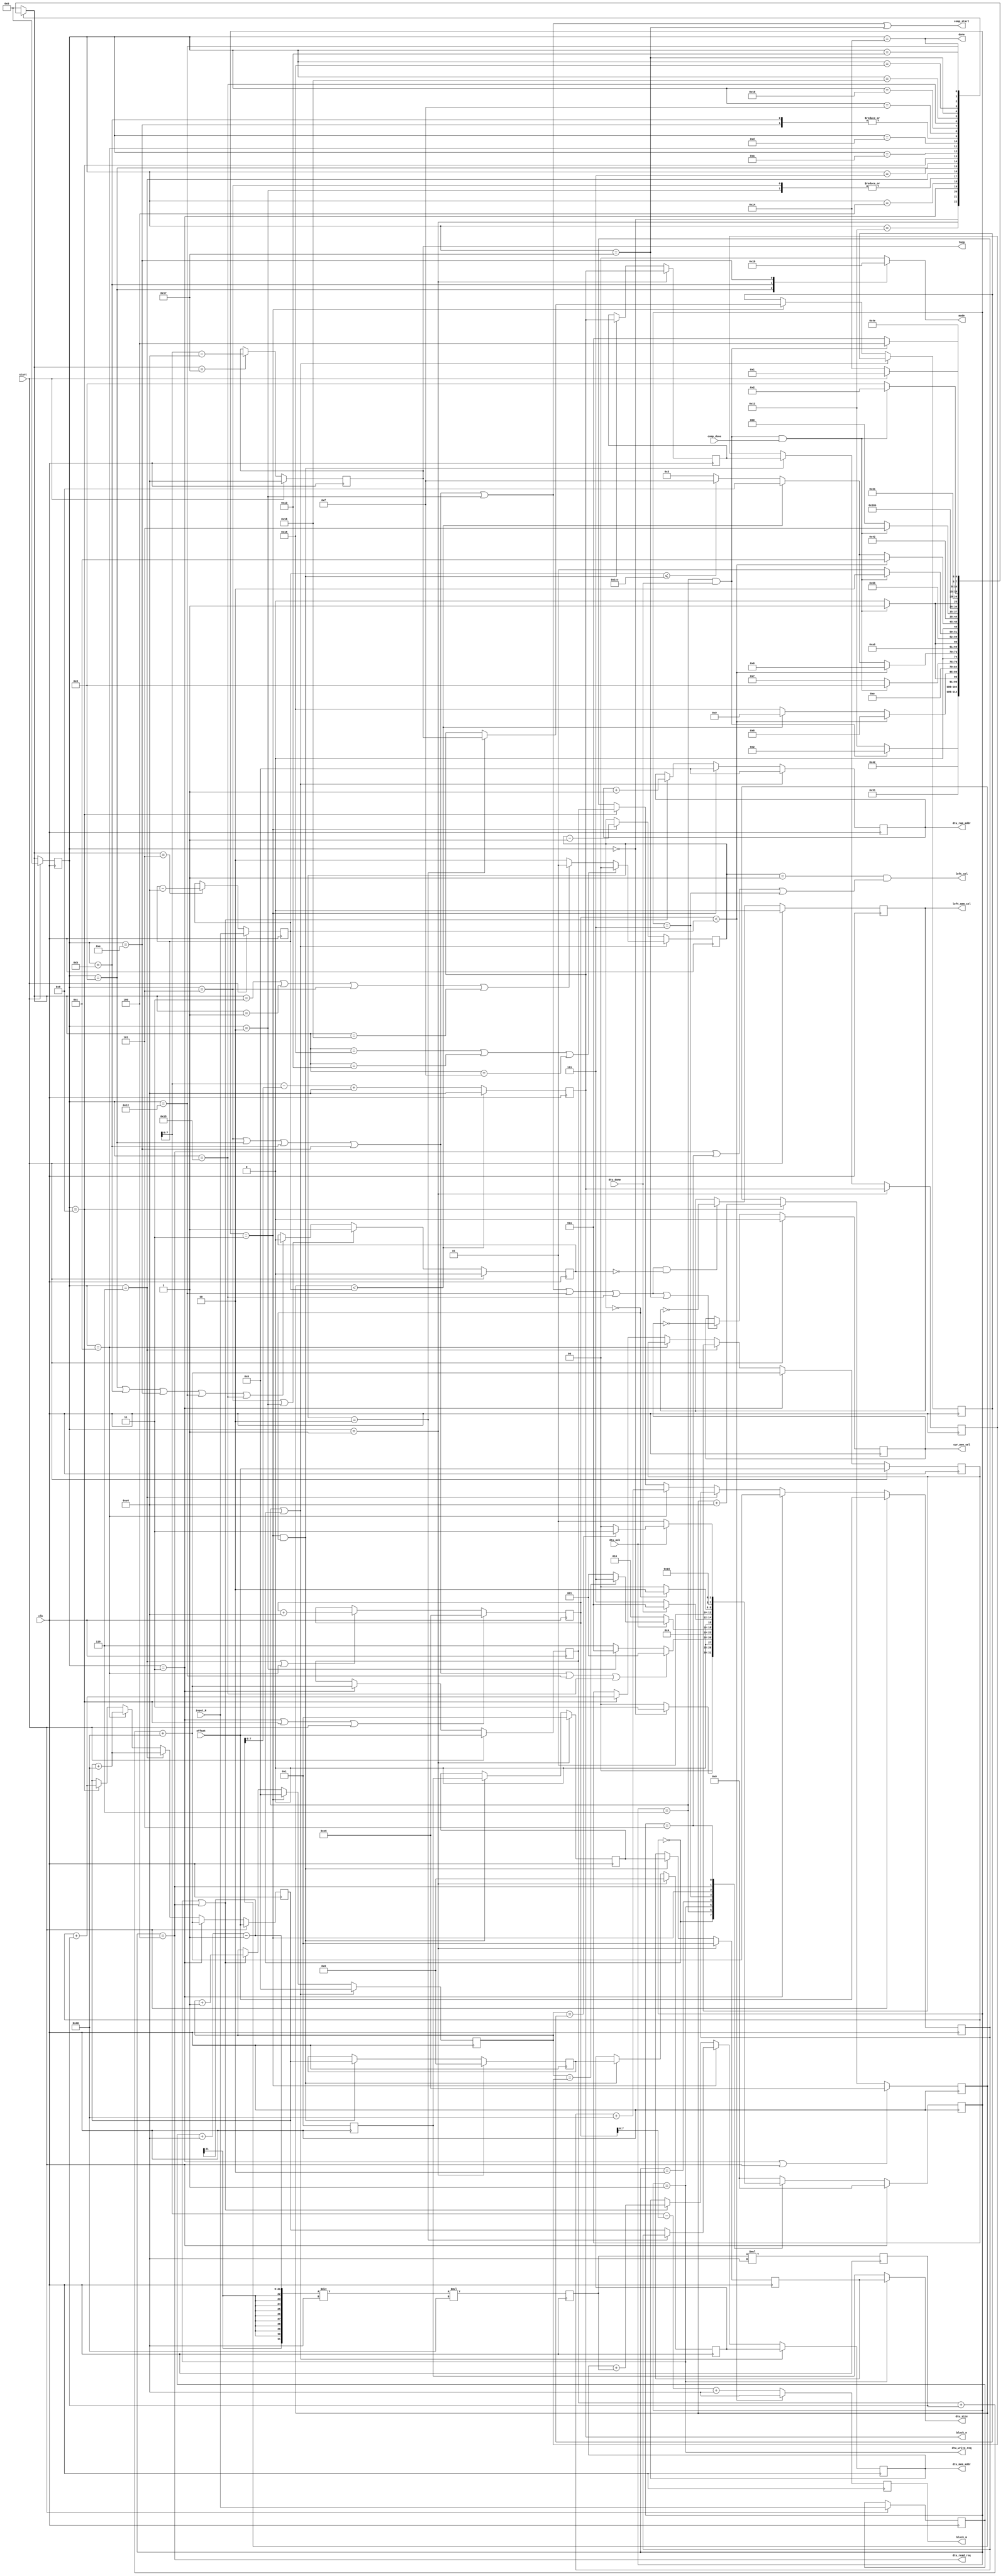
module MarshallerController (clk, start, done, input_N, offset,
	comp_start, block_m, block_n, loop, mode, comp_done, cur_mem_sel, left_mem_sel,
	dtu_write_req, dtu_read_req, dtu_mem_addr, dtu_ram_addr, dtu_size, dtu_ack, dtu_done, left_sel);

parameter BLOCKM = 230, BLOCKN = 230;
parameter BLOCKMDIVK = 1;
parameter MEMBLOCKM = 64, MEMBLOCKN = 64;
parameter NWIDTH = 20, BLOCKWIDTH = 8;
parameter DDRSIZEWIDTH = 24, RAMSIZEWIDTH = 8;

input clk;
input start;
output done;
input [NWIDTH-1:0] input_N;
input [DDRSIZEWIDTH-1:0] offset;

// for computation section
output comp_start;
output [BLOCKWIDTH-1:0] block_m, block_n, loop;
output [1:0] mode;
input comp_done;
output cur_mem_sel, left_mem_sel;

// for data marshaller section
output dtu_write_req,	dtu_read_req;
output [DDRSIZEWIDTH-1:0] dtu_mem_addr;
output [RAMSIZEWIDTH-1:0] dtu_ram_addr;
output [BLOCKWIDTH-1:0] dtu_size;
input dtu_ack, dtu_done;
output left_sel;

parameter START = 0,  SETUP = 1, FIRST = 2, MODE0_SETUP = 3, MODE0_WAIT = 4, MODE0 = 5,  MODE1_SETUP = 6, MODE1_WAIT = 7, MODE1 = 8, 
	MODE2_SETUP = 9, MODE2_WAIT = 10, MODE2 = 11, MODE3_SETUP = 12, MODE3_WAIT = 13, MODE3 = 14, STALL = 15, STALL_WAIT = 16, WAIT = 17,
	FINAL_WRITE = 18, FINAL_WAIT = 19, IDLE = 20, LAST_SETUP = 21, LAST_SETUP_WAIT = 22, LAST = 23, LAST_WAIT = 24;
parameter MEM_IDLE = 0, MEM_WRITE = 1, MEM_WRITE_WAIT = 2, MEM_CHECK_DONE = 3, MEM_READ = 4, MEM_READ_WAIT = 5, MEM_DONE = 6, MEM_WAIT_DONE = 7;

reg [4:0] cur_state, next_state;
reg [NWIDTH-1:0] comp_N, N, mcount, ncount, Ndivk, mem_N;
reg [1:0] mode;
reg [BLOCKWIDTH-1:0] block_m, block_n, loop, read_n;
reg [BLOCKWIDTH-1:0] write_n, write_n_buf;
reg left_mem_sel, cur_mem_sel, no_left_switch;

reg [3:0] cur_mem_state, next_mem_state;
reg [RAMSIZEWIDTH-1:0] ram_addr;
reg [DDRSIZEWIDTH-1:0] mem_addr;
reg [DDRSIZEWIDTH-1:0] mem_base, mem_top, mem_write, mem_left, mem_cur;
reg [DDRSIZEWIDTH-1:0] mem_write_buf;
reg [BLOCKWIDTH-1:0] mem_count;
reg [1:0] mem_read;
reg [BLOCKWIDTH-1:0] mem_write_size, mem_write_size_buf, mem_read_size;
wire mem_done;

assign done = (cur_state == IDLE);
assign dtu_ram_addr = ram_addr;
assign dtu_mem_addr = mem_addr;
assign dtu_size = (cur_mem_state == MEM_WRITE) ? mem_write_size : mem_read_size;
assign comp_start = (cur_state == MODE0)||(cur_state == MODE1)||(cur_state == MODE2)||(cur_state == MODE3)||(cur_state == FIRST)||(cur_state == LAST);
assign dtu_write_req = (cur_mem_state == MEM_WRITE);
assign dtu_read_req = (cur_mem_state == MEM_READ);
assign mem_done = (cur_mem_state == MEM_DONE)&&(dtu_done == 1);
assign left_sel = mem_read == 1 && (cur_mem_state == MEM_READ || cur_mem_state == MEM_READ_WAIT || cur_mem_state == MEM_WAIT_DONE);

// FSM to produce memory instructions to DTU
always @ (*)
begin
	case (cur_mem_state)
	MEM_IDLE:
	begin
		if (cur_state == START)
			next_mem_state <= MEM_CHECK_DONE;
		else
			next_mem_state <= MEM_IDLE;
	end
	MEM_DONE:
	begin
		if (cur_state == MODE0 || cur_state == MODE1 || cur_state == MODE2 || 
			cur_state == MODE3 || cur_state == FINAL_WRITE || cur_state == LAST_SETUP)
			next_mem_state <= MEM_WRITE;
		else if (cur_state == FIRST)
			next_mem_state <= MEM_CHECK_DONE;
		else
			next_mem_state <= MEM_DONE;
	end
	MEM_WRITE:
	begin
		next_mem_state <= MEM_WRITE_WAIT;
	end
	MEM_WRITE_WAIT:
	begin
		if (dtu_ack == 1)
		begin
			if (mem_count == write_n)
				next_mem_state <= MEM_WAIT_DONE;
			else 
				next_mem_state <= MEM_WRITE;
		end
		else
			next_mem_state <= MEM_WRITE_WAIT;
	end
	MEM_WAIT_DONE:
	begin
		if (dtu_done == 1)
			next_mem_state <= MEM_CHECK_DONE;
		else
			next_mem_state <= MEM_WAIT_DONE;
	end
	MEM_CHECK_DONE:
	begin
		if (mem_read == 0)
			next_mem_state <= MEM_DONE;
		else
			next_mem_state <= MEM_READ;
	end
	MEM_READ:
	begin
		next_mem_state <= MEM_READ_WAIT;
	end
	MEM_READ_WAIT:
	begin
		if (dtu_ack == 1)
		begin
			if (mem_count == read_n)
				next_mem_state <= MEM_WAIT_DONE;
			else
				next_mem_state <= MEM_READ;
		end
		else
			next_mem_state <= MEM_READ_WAIT;
	end
	default:
		next_mem_state <= MEM_IDLE;
	endcase
end

always @ (posedge clk)
begin
	if (cur_mem_state == MEM_DONE || cur_mem_state == MEM_IDLE)
	begin
		ram_addr <= 0;
		mem_addr <= mem_write;
		if (next_state == LAST_WAIT || next_state == FINAL_WAIT || next_state == STALL)
			mem_read <= 0;
		else if (next_state == MODE0_SETUP || next_state == SETUP || cur_state == MODE0 || next_state == LAST_SETUP_WAIT)
			mem_read <= 1;
		else
			mem_read <= 2;
		mem_count <= 0;
	end
	else if (cur_mem_state == MEM_CHECK_DONE)
	begin
		if (mem_read == 2)
		begin
			mem_addr <= mem_left;
			read_n <= loop;
		end
		else
		begin
			mem_addr <= mem_cur;
			read_n <= block_n;
		end
		mem_read <= mem_read - 1;
		mem_count <= 0;
		ram_addr <= 0;
	end
	else if (cur_mem_state == MEM_WRITE || cur_mem_state == MEM_READ)
	begin
		ram_addr <= ram_addr + BLOCKMDIVK;
		mem_addr <= mem_addr + Ndivk;
		mem_count <= mem_count + 1;
	end
	
end

// FSM to determine the block LU factorization algorithm
always @ (*)
begin
	case (cur_state)
	START:
	begin
		next_state <= SETUP;
	end
	SETUP:
	begin
		next_state <= WAIT;
	end
	WAIT:
	begin
		if (mem_done == 1)
			next_state <= FIRST;
		else
			next_state <= WAIT;

	end
	FIRST:
	begin
		if (mcount < comp_N)
			next_state <= MODE1_SETUP;
		else if (ncount < comp_N)
			next_state <= MODE2_SETUP;
		else
			next_state <= LAST_WAIT;
	end
	MODE0_SETUP:
	begin
		next_state <= MODE0_WAIT;
	end
	MODE0_WAIT:
	begin
		if (mem_done == 1 && comp_done == 1)
			next_state <= MODE0;
		else
			next_state <= MODE0_WAIT;

	end
	MODE0:
	begin
		if (mcount < comp_N)
			next_state <= MODE1_SETUP;
		else if (ncount < comp_N)
			next_state <= MODE2_SETUP;
		else
		begin
			next_state <= LAST_WAIT;
		end
	end
	MODE1_SETUP:
	begin
		next_state <= MODE1_WAIT;
	end
	MODE1_WAIT:
	begin
		if (mem_done == 1 && comp_done == 1)
			next_state <= MODE1;
		else
			next_state <= MODE1_WAIT;

	end
	MODE1:
	begin
		if (mcount < comp_N)
			next_state <= MODE1_SETUP;
		else if (ncount < comp_N)
			next_state <= MODE2_SETUP;
		else if (comp_N <= BLOCKN + BLOCKN)
			next_state <= STALL;
		else
			next_state <= MODE0_SETUP;
	end
	MODE2_SETUP:
	begin
		next_state <= MODE2_WAIT;
	end
	MODE2_WAIT:
	begin
		if (mem_done == 1 && comp_done == 1)
			next_state <= MODE2;
		else
			next_state <= MODE2_WAIT;
	end
	MODE2:
	begin
		if (mcount < comp_N)
			next_state <= MODE3_SETUP;
		else if (ncount < comp_N)
			next_state <= MODE2_SETUP;
		else if (comp_N <= BLOCKN + BLOCKN)
			next_state <= STALL;
		else
			next_state <= MODE0_SETUP;
	end
	MODE3_SETUP:
	begin
		next_state <= MODE3_WAIT;
	end
	MODE3_WAIT:
	begin
		if (mem_done == 1 && comp_done == 1)
			next_state <= MODE3;
		else
			next_state <= MODE3_WAIT;
	end
	MODE3:
	begin
		if (mcount < comp_N)
			next_state <= MODE3_SETUP;
		else if (ncount < comp_N)
			next_state <= MODE2_SETUP;
		else if (comp_N <= BLOCKN + BLOCKN)
			next_state <= STALL;
		else
			next_state <= MODE0_SETUP;
	end
	STALL:
		next_state <= STALL_WAIT;
	STALL_WAIT:
		if (mem_done == 1 && comp_done == 1)
			next_state <= LAST_SETUP;
		else
			next_state <= STALL_WAIT;
	LAST_SETUP:
		next_state <= LAST_SETUP_WAIT;
	LAST_SETUP_WAIT:
		if (mem_done == 1 && comp_done == 1)
			next_state <= LAST;
		else
			next_state <= LAST_SETUP_WAIT;
	LAST:
		next_state <= LAST_WAIT;
	LAST_WAIT:
		if (mem_done == 1 && comp_done == 1)
			next_state <= FINAL_WRITE;
		else
			next_state <= LAST_WAIT;
	FINAL_WRITE:
		next_state <= FINAL_WAIT;
	FINAL_WAIT:
		if (mem_done == 1)
			next_state <= IDLE;
		else
			next_state <= FINAL_WAIT;
	IDLE:
		if (start)
			next_state <= SETUP;
		else
			next_state <= IDLE;
	default:
		next_state <= START;
	endcase
end

always @ (posedge clk)
begin
	if (start)
	begin
		cur_state <= START;
		cur_mem_state <= MEM_IDLE;
	end
	else
	begin
		cur_state <= next_state;
		cur_mem_state <= next_mem_state;
	end
end

always @ (*)
begin
	case (cur_state)
	MODE1:
		mode = 1;
	MODE2:
		mode = 2;
	MODE3:
		mode = 3;
	default:
		mode = 0;
	endcase
end

always @ (posedge clk)
begin
	if (start)
	begin
		comp_N <= input_N;
		N <= input_N;
	end
	else if (next_state == MODE0)
	begin
		comp_N <= comp_N - BLOCKN;
	end

	Ndivk <= ((N+BLOCKM-1)/BLOCKM)*MEMBLOCKM;
	mem_N <= Ndivk*BLOCKN;

	if (start)
	begin
		mem_base <= offset;
		mem_top <= offset;
		mem_left <= offset;
		mem_cur <= offset;
	end
	else if (cur_state == MODE0_SETUP)
	begin
		mem_base <= mem_base + mem_N+MEMBLOCKN;
		mem_top <= mem_base + mem_N+MEMBLOCKN;
		mem_cur <= mem_base + mem_N+MEMBLOCKN;
		mem_left <= mem_base + mem_N+MEMBLOCKN;
	end
	else if (cur_state == MODE1_SETUP)
	begin
		mem_cur <= mem_cur + MEMBLOCKM;
	end	
	else if (cur_state == MODE3_SETUP)
	begin
		mem_cur <= mem_cur + MEMBLOCKM;
		mem_left <= mem_left + MEMBLOCKM;
	end
	else if (cur_state == MODE2_SETUP)
	begin
		mem_cur <= mem_top + mem_N;
		mem_top <= mem_top + mem_N;
		mem_left <= mem_base;
	end

	if (cur_state == SETUP)
	begin
		mem_write <= 0;
		mem_write_buf <= 0;
		mem_write_size <= BLOCKMDIVK;
		mem_write_size_buf <= BLOCKMDIVK;
		write_n <= block_n;
		write_n_buf <= block_n;
	end
	else if (cur_mem_state == MEM_CHECK_DONE && mem_read == 0)
	begin
		mem_write <= mem_write_buf;
		mem_write_buf <= mem_cur;
		mem_write_size <= mem_write_size_buf;
		mem_write_size_buf <= mem_read_size;
		write_n <= write_n_buf;
		write_n_buf <= block_n;
	end

	mem_read_size <= BLOCKMDIVK;

	if (start)
		loop <= BLOCKN;
	else if (next_state == LAST)
		loop <= comp_N[8:0] - BLOCKN;
	
	if (cur_state == MODE0_SETUP || cur_state == MODE2_SETUP || start)
		mcount <= BLOCKM;
	else if (cur_state == MODE1_SETUP || cur_state == MODE3_SETUP)
		mcount <= mcount+BLOCKM;

	if (cur_state == MODE0_SETUP || start)
		ncount <= BLOCKN;
	else if (cur_state == MODE2_SETUP)
		ncount <= ncount+BLOCKN;

	if (mcount < comp_N)
		block_m <= BLOCKM;
	else
		block_m <= comp_N - mcount + BLOCKM;
	
	if (ncount < comp_N)
		block_n <= BLOCKN;
	else
		block_n <= comp_N - ncount + BLOCKN;

	if (start)
		cur_mem_sel <= 0;
	else if ((cur_state == MODE0)||(cur_state == MODE1)||(cur_state == MODE2)||(cur_state == MODE3)||
		 (cur_state == FIRST)||(cur_state == FINAL_WRITE)||(cur_state == LAST_SETUP)||(cur_state == LAST))
		cur_mem_sel <= !cur_mem_sel;
	
	if (start)
		no_left_switch <= 0;
	else if ((cur_state == MODE0)||(cur_state == FIRST))
		no_left_switch <= 1;
	else if ((cur_state == MODE1)||(cur_state == MODE2)||(cur_state == MODE3)||
		 (cur_state == FINAL_WRITE)||(cur_state == LAST_SETUP))
		no_left_switch <= 0;

	if (start)
		left_mem_sel <= 0;
	else if (((cur_state == MODE0)||(cur_state == MODE1)||(cur_state == MODE2)||(cur_state == MODE3)||
		 (cur_state == FIRST)||(cur_state == FINAL_WRITE)||(cur_state == LAST_SETUP))&&(no_left_switch == 0))
		left_mem_sel <= !left_mem_sel;
end

endmodule